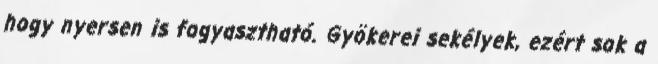
hogy nyersen is fogyasztható. Gyökerei sekélyek, ezért sok a